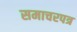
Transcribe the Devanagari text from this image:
समाचरपत्र